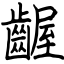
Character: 齷